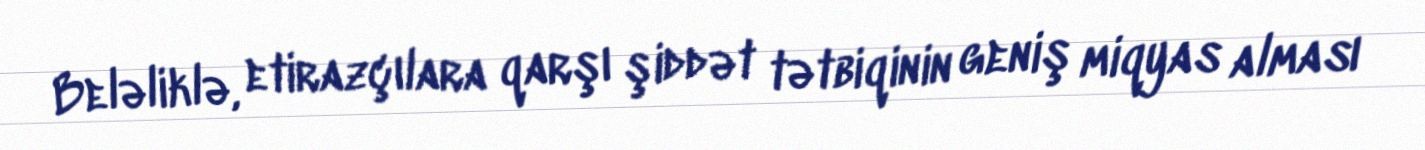
Beləliklə, etirazçılara qarşı şiddət tətbiqinin geniş miqyas alması